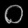
Digit: ၀